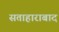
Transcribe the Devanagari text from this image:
सताहाराबाद